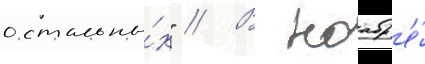
остальны́х" // В ноабр'е́